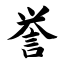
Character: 誉